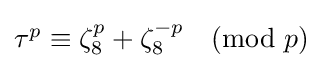
{\textstyle \tau ^{p}\equiv \zeta _{8}^{p}+\zeta _{8}^{-p}{\pmod {p}}}